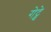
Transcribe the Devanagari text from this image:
गेट्वे